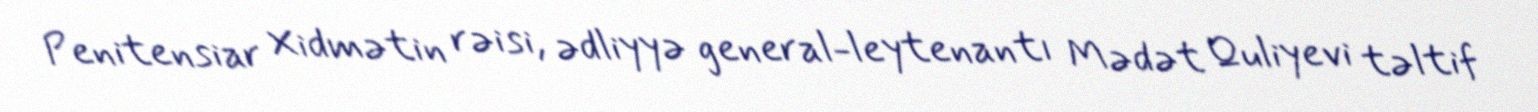
Penitensiar Xidmətin rəisi, ədliyyə general-leytenantı Mədət Quliyevi təltif